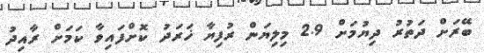
ބޭރަށް ދަތުރު ދިޔުމަށް 2.9 މިލިޔަން ރުފިޔާ ޚަރަދު ކޮށްފައިވާ ކަމަށް ރާއިދު